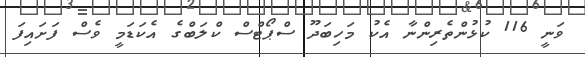
ވަނީ 116 ކުޅުންތެރިންނާ އެކު މަހިބަދޫ ސްޕޯޓްސް ކްލަބްގެ އެކަޑަމީ ވެސް ފަށައިފަ